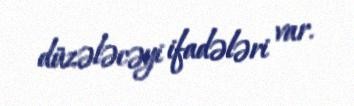
düzələcəyi ifadələri var.